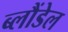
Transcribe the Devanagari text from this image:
ब्लौंडेल